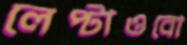
লেপ্‌টাওবো